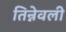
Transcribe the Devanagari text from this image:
तिन्नेवली